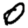
Digit: 0